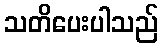
သတိပေးပါသည်